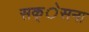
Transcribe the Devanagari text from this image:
सक्ेसना